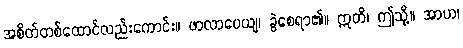
အစိတ်တစ်ထောင်လည်းကောင်း။ ဖာလာပေယျ၊ ခွဲစေရာ၏။ ဣတိ၊ ဤသို့။ အာဟ၊